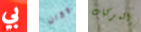
بي وكان المركبات